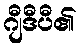
ဂျီဒီပီ၏